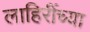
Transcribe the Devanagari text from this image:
लाहिरींच्या